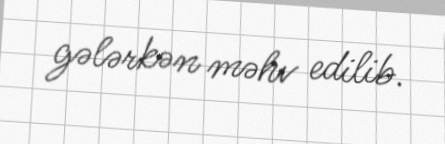
gələrkən məhv edilib.